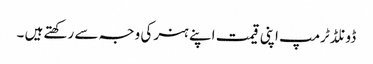
ڈونلڈ ٹرمپ اپنی قیمت اپنے ہنر کی وجہ سے رکھتے ہیں ۔